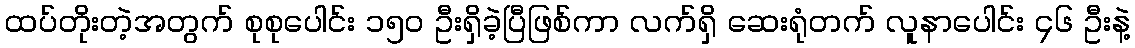
ထပ်တိုးတဲ့အတွက် စုစုပေါင်း ၁၅၀ ဦးရှိခဲ့ပြီဖြစ်ကာ လက်ရှိ ဆေးရုံတက် လူနာပေါင်း ၄၆ ဦးနဲ့